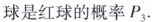
球是红球的概率P_{3}。